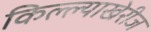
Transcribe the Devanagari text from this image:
किल्ल्याखेरीज